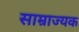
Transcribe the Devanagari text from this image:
साम्राज्यक